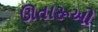
ઊતારૂઓ